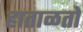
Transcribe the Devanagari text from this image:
हाताळतो